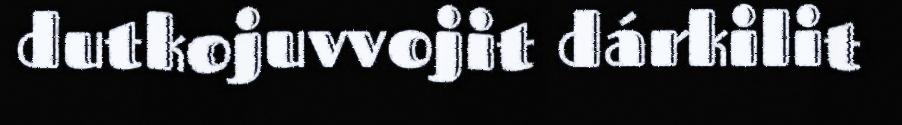
dutkojuvvojit dárkilit